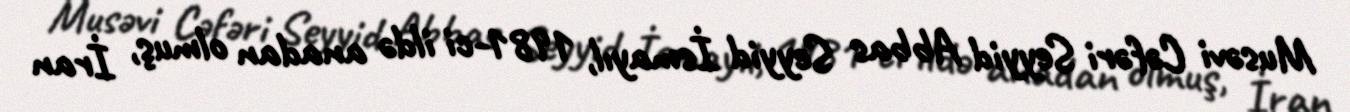
Musəvi Cəfəri Seyyid Abbas Seyyid İsmayıl, 1981-ci ildə anadan olmuş, İran